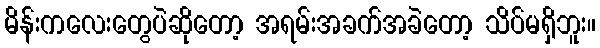
မိန်းကလေးတွေပဲဆိုတော့ အရမ်းအခက်အခဲတော့ သိပ်မရှိဘူး။